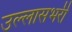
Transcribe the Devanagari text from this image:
उल्लासभरी